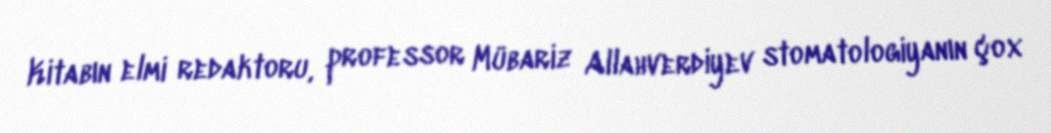
Kitabın elmi redaktoru, professor Mübariz Allahverdiyev stomatologiyanın çox